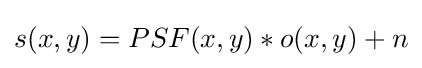
s(x,y)=PSF(x,y)*o(x,y)+n